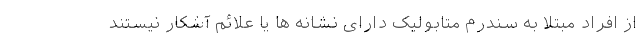
از افراد مبتلا به سندرم متابولیک دارای نشانه ها یا علائم آشکار نیستند